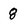
Character: 8